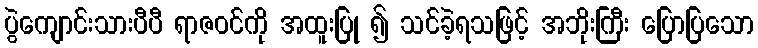
ပွဲကျောင်းသားပီပီ ရာဇဝင်ကို အထူးပြု ၍ သင်ခဲ့ရသဖြင့် အဘိုးကြီး ပြောပြသော